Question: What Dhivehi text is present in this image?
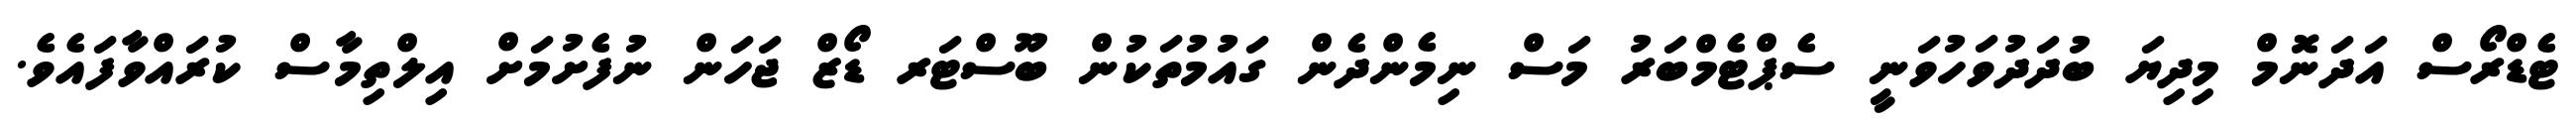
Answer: ޓެޑްރޯސް އަދަނޮމް މިދިޔަ ބުދަދުވަހުވަނީ ސެޕްޓެމްބަރު މަސް ނިމެންދެން ގައުމުތަކުން ބޫސްޓަރ ޑޯޒް ޖަހަން ނުފެށުމަށް އިލްތިމާސް ކުރައްވާފައެވެ.